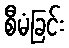
စီမံခြင်း